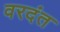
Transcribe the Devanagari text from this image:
वरदंत